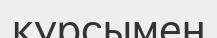
курсымен